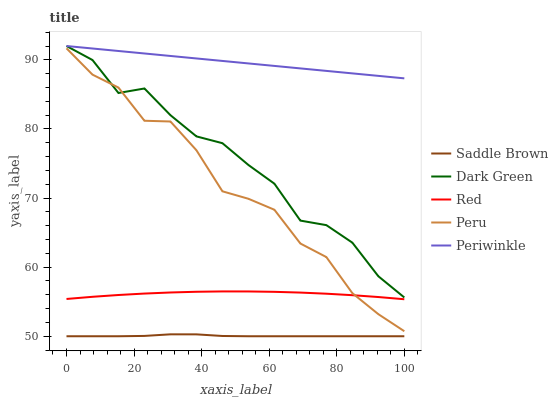
| xaxis_label | Saddle Brown | Dark Green | Red | Peru | Periwinkle |
 | --- | --- | --- | --- | --- | --- |
 | 0 | 50 | 92 | 55.4 | 91.7 | 92 |
 | 7.69 | 50 | 90 | 55.7 | 87.9 | 91.6 |
 | 15.4 | 50 | 85.2 | 56 | 86 | 91.3 |
 | 23.1 | 50 | 85.9 | 56.2 | 81.2 | 90.9 |
 | 30.8 | 50.3 | 82 | 56.3 | 81.1 | 90.6 |
 | 38.5 | 50.3 | 78.9 | 56.4 | 76.9 | 90.2 |
 | 46.2 | 50 | 77.9 | 56.5 | 71 | 89.8 |
 | 53.8 | 50 | 74.8 | 56.5 | 69.9 | 89.5 |
 | 61.5 | 50 | 72.1 | 56.4 | 68.3 | 89.1 |
 | 69.2 | 50 | 66.7 | 56.3 | 63.4 | 88.8 |
 | 76.9 | 50 | 66.1 | 56.2 | 61.5 | 88.4 |
 | 84.6 | 50 | 63.5 | 55.9 | 56.2 | 88 |
 | 92.3 | 50 | 58.7 | 55.7 | 53.2 | 87.7 |
 | 100 | 50 | 55.6 | 55.4 | 50.7 | 87.3 |